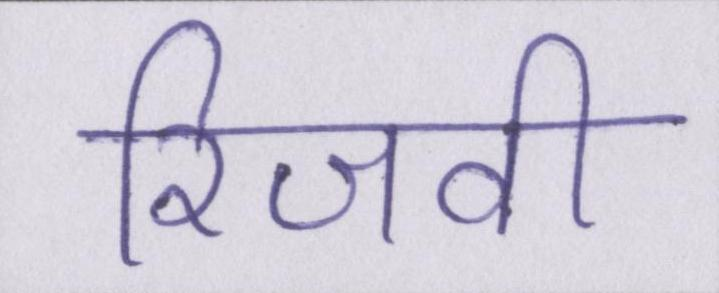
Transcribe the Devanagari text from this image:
रिजवी